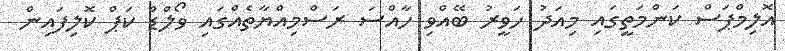
އޮލިމްޕަސް ކަންމަތީގައި މިއަދު ހަވީރު ބޭއްވި ހާއްސަ ރަސްމިއްޔާތެއްގައި ވޯލްޑް ކަޕް ކޮލިފައިން